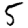
Digit: 5